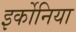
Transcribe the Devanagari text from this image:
इर्कोनिया